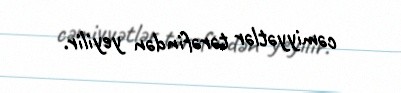
cəmiyyətlər tərəfindən yeyilir.